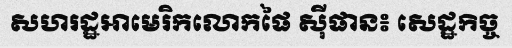
សហរដ្ឋអាមេរិកលោកផៃ ស៊ីផាន៖ សេដ្ឋកិច្ច